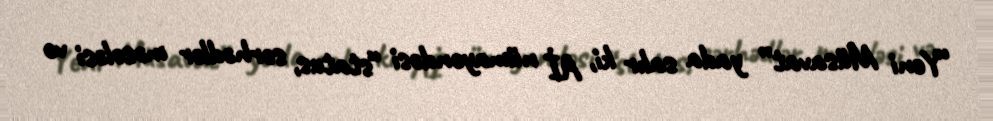
“Yeni Müsavat” yada salır ki, Aİ nümayəndəsi “status, sərhədlər məsələsi və